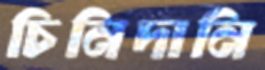
চিনিদানি